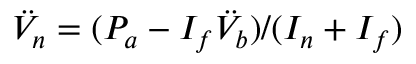
\ddot { V } _ { n } = ( P _ { a } - I _ { f } \ddot { V } _ { b } ) / ( I _ { n } + I _ { f } )